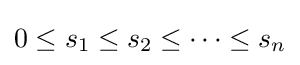
0\leq s_{1}\leq s_{2}\leq \cdots \leq s_{n}